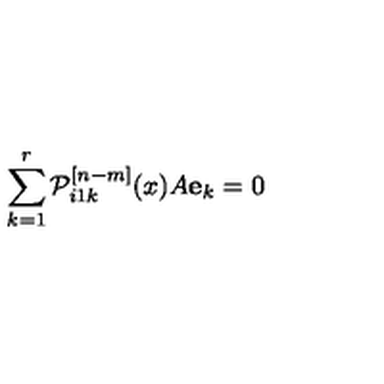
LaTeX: \sum _ { k = 1 } ^ { r } { \cal P } _ { i 1 k } ^ { [ n - m ] } ( x ) A { \bf e } _ { k } = 0